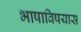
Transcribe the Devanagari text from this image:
भाषाविषयास